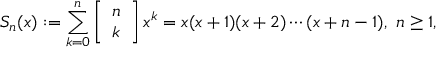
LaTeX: S _ { n } ( x ) : = \sum _ { k = 0 } ^ { n } \left[ { \begin{array} { l } { n } \\ { k } \end{array} } \right] x ^ { k } = x ( x + 1 ) ( x + 2 ) \cdots ( x + n - 1 ) , \ n \geq 1 ,